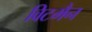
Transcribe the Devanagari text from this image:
विटमैन